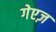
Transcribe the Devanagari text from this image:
गेएज़